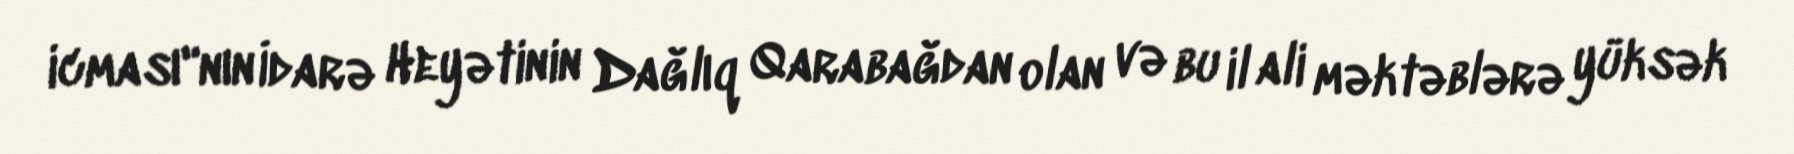
icması"nın İdarə Heyətinin Dağlıq Qarabağdan olan və bu il ali məktəblərə yüksək